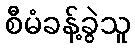
စီမံခန့်ခွဲသူ